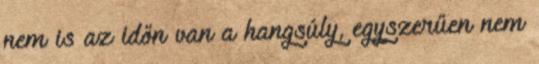
nem is az időn van a hangsúly, egyszerűen nem